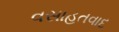
વસાહતવાદ